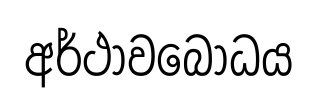
අර්ථාවබෝධය